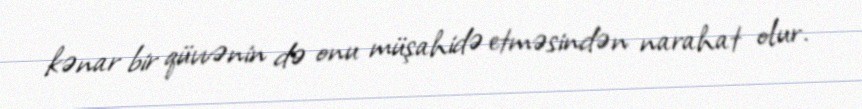
kənar bir qüvvənin də onu müşahidə etməsindən narahat olur.